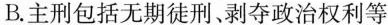
B. 主刑包括无期徒刑、剥夺政治权利等